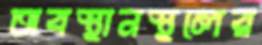
অবস্থানস্থলের